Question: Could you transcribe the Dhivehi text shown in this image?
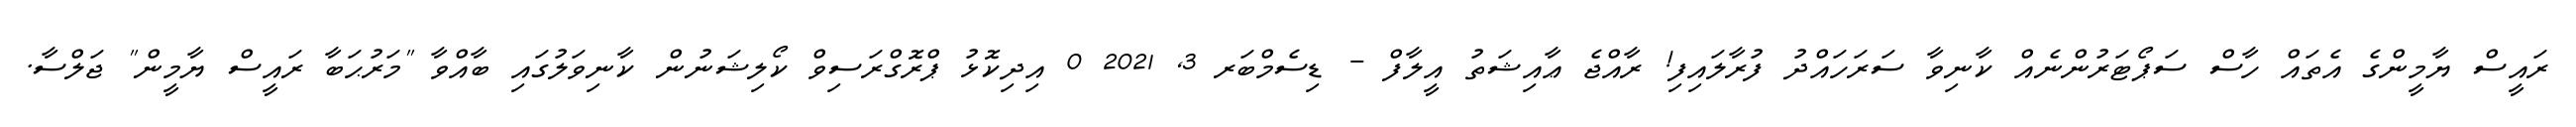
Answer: ރައީސް ޔާމީންގެ އެތައް ހާސް ސަޕޯޓަރުންނެއް ކާނިވާ ސަރަހައްދު ފުރާލައިފި! ރާއްޖެ ޢާއިޝަތު އީލާފް - ޑިސެމްބަރ 3, 2021 0 އިދިކޮޅު ޕްރޮގްރަސިވް ކޯލިޝަނުން ކާނިވަލުގައި ބާއްވާ "މަރުޙަބާ ރައީސް ޔާމީން" ޖަލްސާ.